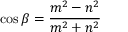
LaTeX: \cos { \beta } = { \frac { m ^ { 2 } - n ^ { 2 } } { m ^ { 2 } + n ^ { 2 } } }